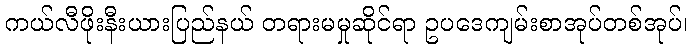
ကယ်လီဖိုးနီးယားပြည်နယ် တရားမမှုဆိုင်ရာ ဥပဒေကျမ်းစာအုပ်တစ်အုပ်၊